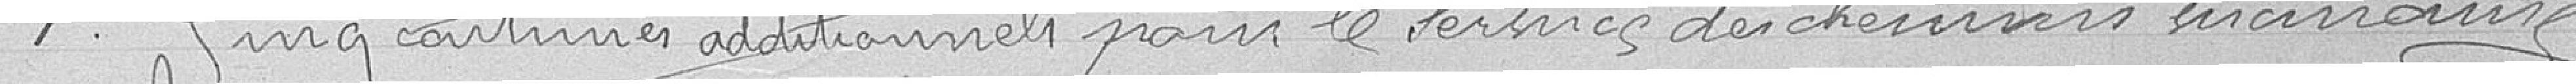
1 cinq centimes additionnels pour le service des chemins vicinaux